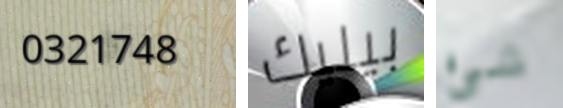
0321748 بيليك شئ